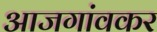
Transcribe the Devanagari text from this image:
आजगांवकर